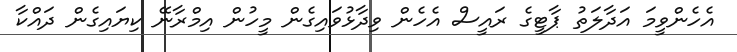
އެހެންވީމަ އަދާލަތު ޕާޓީގެ ރައީސް އެހެން ވިދާޅުވައިގެން މީހުން އިމްރާނޭ ކިޔައިގެން ދައްކާ